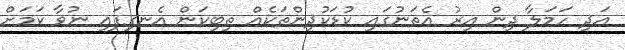
އަދި ހަމަލާ ދިން އިރު އެތަނުގައި ކުޑަކުދިންތަކެއް ތިބިކަން އެނގިފައި ނުވާ ކަމަށް